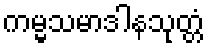
ကမ္မသမာဒါနသုတ္တံ